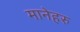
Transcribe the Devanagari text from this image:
मानेहरु